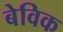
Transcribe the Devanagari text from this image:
बेविक